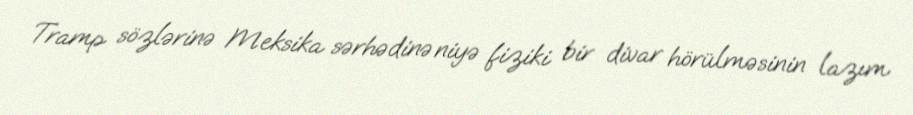
Tramp sözlərinə Meksika sərhədinə niyə fiziki bir divar hörülməsinin lazım